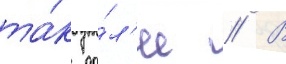
та́к да́л'ее // В